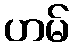
ဟမ်